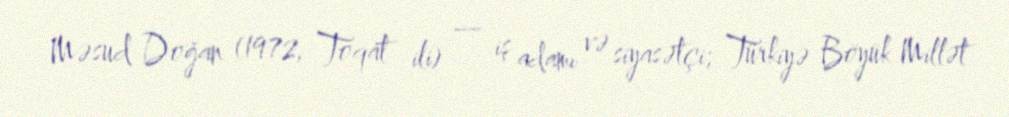
Məsud Doğan (1972, Toqat ili) — iş adamı və siyasətçi; Türkiyə Böyük Millət